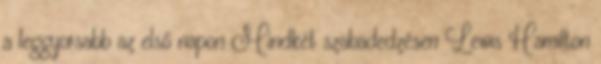
a leggyorsabb az első napon Mindkét szabadedzésen Lewis Hamilton